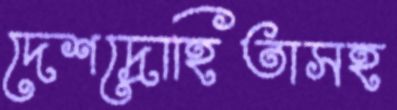
দেশদ্রোহিতাসহ